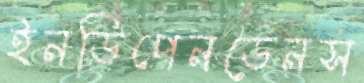
ইনডিপেনডেনস